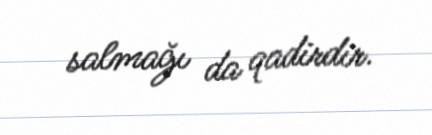
salmağı da qadirdir.